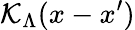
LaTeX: {\cal{K}}_{\Lambda}(x-x^{\prime})